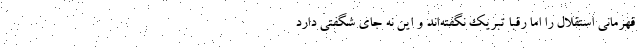
قهرمانی استقلال را اما رقبا تبریک نگفته‌اند و این نه جای شگفتی دارد